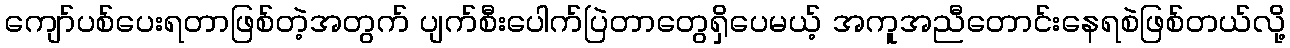
ကျော်ပစ်ပေးရတာဖြစ်တဲ့အတွက် ပျက်စီးပေါက်ပြဲတာတွေရှိပေမယ့် အကူအညီတောင်းနေရစဲဖြစ်တယ်လို့